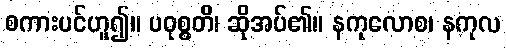
စကားပင်ဟူ၍။ ပဝုစ္စတိ၊ ဆိုအပ်၏။ နကုလောစ၊ နကုလ